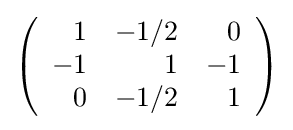
{\textstyle \left({\begin{array}{rrr}1&-1/2&0\\-1&1&-1\\0&-1/2&1\\\end{array}}\right)}